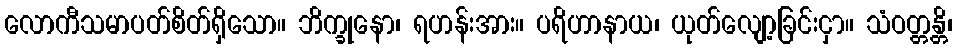
လောကီသမာပတ်စိတ်ရှိသော။ ဘိက္ခုနော၊ ရဟန်းအား။ ပရိဟာနာယ၊ ယုတ်လျော့ခြင်းငှာ။ သံဝတ္တန္တိ၊